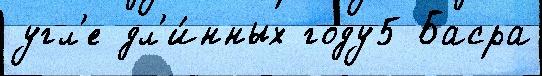
угл'е дл'и́нных году5 Басра